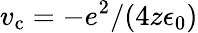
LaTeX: v_{\mathrm{c}}=-e^{2}/(4z\epsilon_{0})